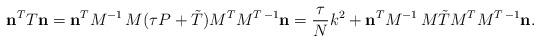
LaTeX: \begin{align*}{\bf n}\sp{T} T {\bf n}={\bf n}\sp{T}M\sp{-1}\, M(\tau P+\tilde T)M\sp{T}M\sp{T\,-1}{\bf n}=\frac{\tau}{N}k\sp2+{\bf n}\sp{T}M\sp{-1}\, M\tilde TM\sp{T}M\sp{T\,-1}{\bf n}.\end{align*}